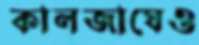
কালজাঘেও